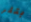
بتلر